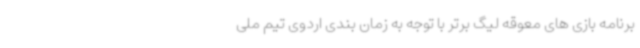
برنامه بازی های معوقه لیگ برتر با توجه به زمان بندی اردوی تیم ملی